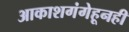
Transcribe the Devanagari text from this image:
आकाशगंगेहूनही